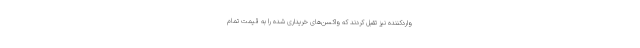
واردکننده نیز تقبل کردند که واکسن‌های خریداری شده را به قیمت تمام